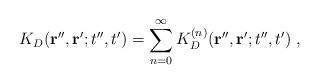
LaTeX: \begin{align*}K_{D}({\bf r}'', {\bf r}' ; t'',t')= \sum_{n=0}^{\infty}K^{(n)}_{D}({\bf r}'', {\bf r}' ; t'',t')\; ,\end{align*}